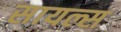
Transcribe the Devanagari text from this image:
सायल्स